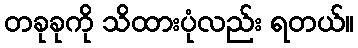
တခုခုကို သိထားပုံလည်း ရတယ်။